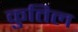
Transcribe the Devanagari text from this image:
कुतिल